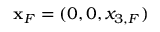
{ \bf x } _ { F } = ( 0 , 0 , x _ { 3 , F } )